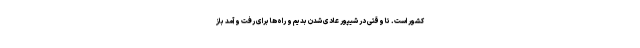
کشور است. تا وقتی در شیپور عادی شدن بدیم و راه‌ها برای رفت و آمد باز